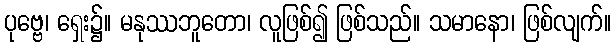
ပုဗ္ဗေ၊ ရှေး၌။ မနုဿဘူတော၊ လူဖြစ်၍ ဖြစ်သည်။ သမာနော၊ ဖြစ်လျက်။